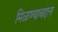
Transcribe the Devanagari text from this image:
मिळण्याबद्दल